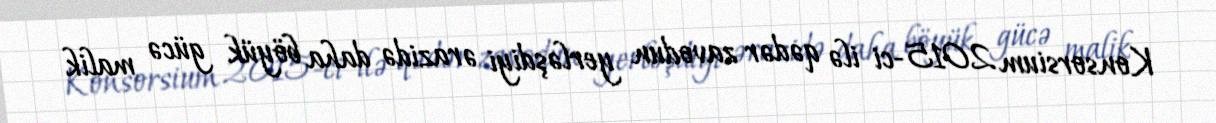
Konsorsium 2015-ci ilə qədər zavodun yerləşdiyi ərazidə daha böyük gücə malik